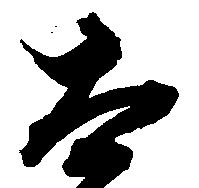
太